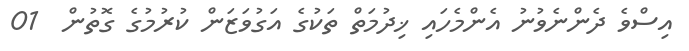
އިސްވެ ދެންނެވުނު އެންމެހައި ޚިދުމަތް ތަކުގެ އަގުވަޒަން ކުރުމުގެ ގޮތުން  01